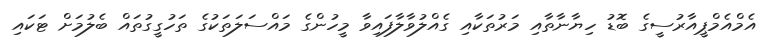
އެމްއެމްޕީއާރުސީގެ ބޮޑު ހިޔާނާތާއި މަރުތަކާއި ގެއްލުވާލާފައިވާ މީހުންގެ މައްސަލަތަކުގެ ތަހުގީގުތައް ބެލުމަށް ޓަކައި